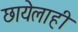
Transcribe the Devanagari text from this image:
छायेलाही